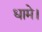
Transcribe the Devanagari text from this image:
धामे।